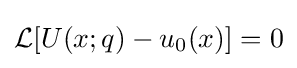
{\mathcal {L}}[U(x;q)-u_{0}(x)]=0